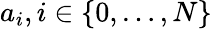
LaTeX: a_{i},i\in\{ 0,\dots,N\}